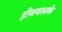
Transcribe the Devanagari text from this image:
हीनयानके